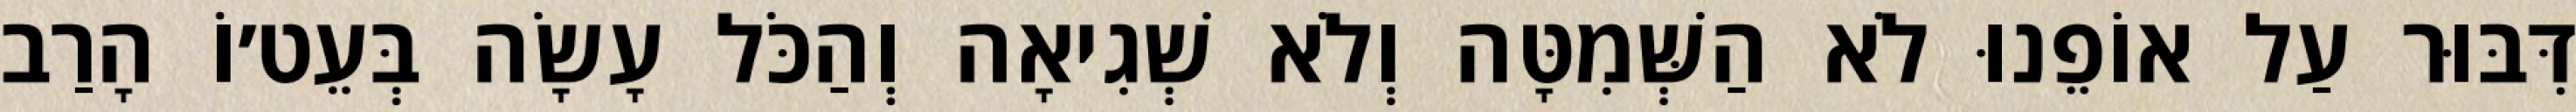
דִּבּוּר עַל אוֹפֵנוּ לֹא הַשְּׁמִטָּה וְלֹא שְׁגִיאָה וְהַכֹּל עָשָׂה בְּעֵט׳וֹ הָרַב